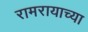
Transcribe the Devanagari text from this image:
रामरायाच्या